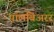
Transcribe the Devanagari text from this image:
पॉलबिअरर